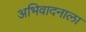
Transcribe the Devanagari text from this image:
अभिवादनाला